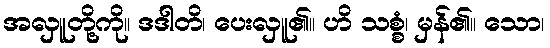
အလှူတို့ကို။ ဒဒါတိ၊ ပေးလှူ၏။ ဟိ သစ္စံ၊ မှန်၏။ သော၊